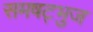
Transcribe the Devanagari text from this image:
समषट्भुज